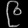
Digit: ၉